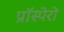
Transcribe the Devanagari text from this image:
प्रॉस्पेरो